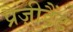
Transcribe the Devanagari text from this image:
प्रैज़ीडैंट